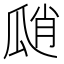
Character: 𤫾